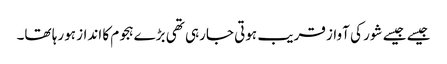
جیسے جیسے شور کی آواز قریب ہوتی جارہی تھی بڑےہجوم کا انداز ہورہا تھا۔